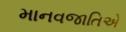
માનવજાતિએ